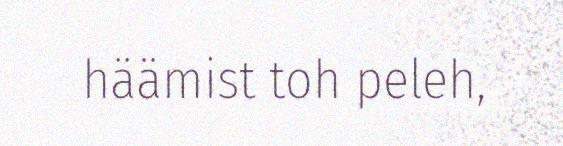
häämist toh peleh,